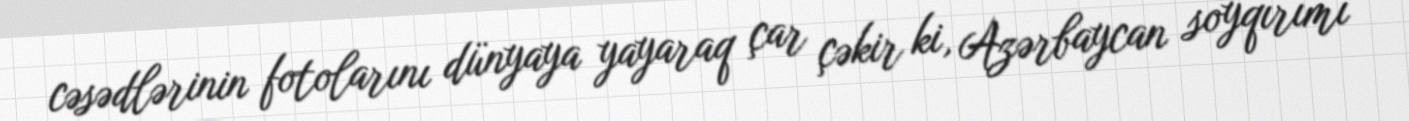
cəsədlərinin fotolarını dünyaya yayaraq çar çəkir ki, Azərbaycan soyqırımı